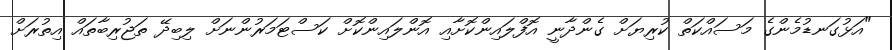
"އަޅުގަނޑުމެންގެ މަސައްކަތް ކުރިޔަށް ގެންދާނީ އޮފްލައިންކޮށާއި އޮންލައިންކޮށް ކަސްޓަމަރުންނަށް ލިބިދޭ ތަޖުރިބާތައް އިތުރަށް